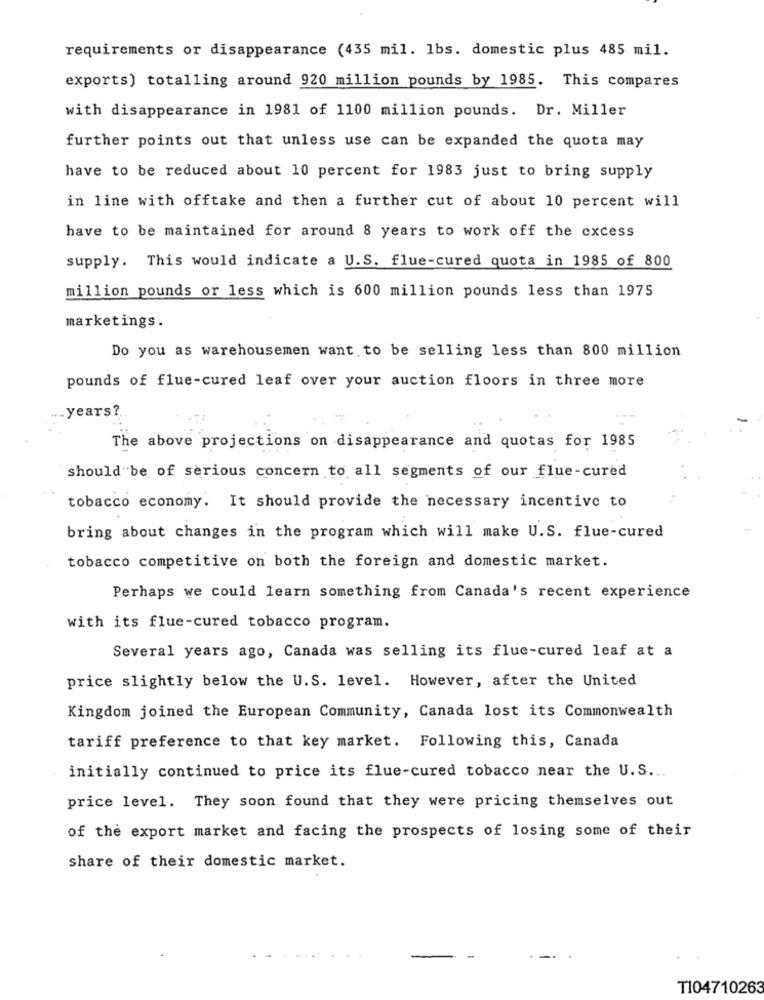
requirements or disappearance (435 mil. lbs. domestic plus 485 mil.
exports) totalling around 920 million pounds by 1985. This compares
with disappearance in 1981 of 1100 million pounds. Dr. Miller
further points out that unless use can be expanded the quota may
have to be reduced about 10 percent for 1983 just to bring supply
in line with offtake and then a further cut of about 10 percent will
have to be maintained for around 8 years to work off the excess
supply. This would indicate a U.S. flue-cured quota in 1985 of 800
million pounds or less which is 600 million pounds less than 1975
marketings.
Do you as warehousemen want to be selling less than 800 million
pounds of flue-cured leaf over your auction floors in three more
.years ?..
The above projections on disappearance and quotas for 1985
should be of serious concern to all segments of our flue-cured
tobacco economy. It should provide the necessary incentive to
bring about changes in the program which will make U.S. flue-cured
tobacco competitive on both the foreign and domestic market.
Perhaps we could learn something from Canada's recent experience
with its flue-cured tobacco program.
Several years ago, Canada was selling its flue-cured leaf at a
price slightly below the U.S. level. However, after the United
Kingdom joined the European Community, Canada lost its Commonwealth
tariff preference to that key market. Following this, Canada
initially continued to price its flue-cured tobacco near the U.S ..
price level. They soon found that they were pricing themselves out
of the export market and facing the prospects of losing some of their
share of their domestic market.
T104710263